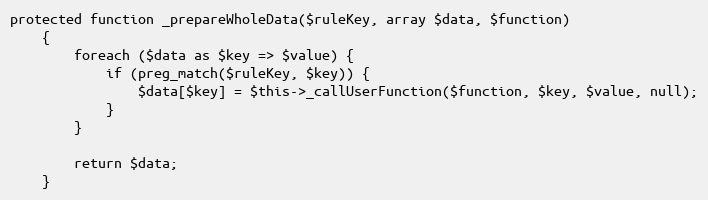
Language: PHP
protected function _prepareWholeData($ruleKey, array $data, $function)
    {
        foreach ($data as $key => $value) {
            if (preg_match($ruleKey, $key)) {
                $data[$key] = $this->_callUserFunction($function, $key, $value, null);
            }
        }

        return $data;
    }